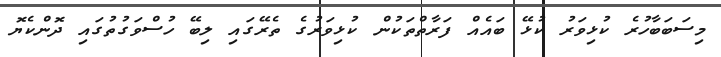
މިސަބަބާހުރެ ކުޅިވަރު ކުޅޭ ބައެއް ފަރާތްތަކުން ކުޅިވަރުގެ ތެރޭގައި ލިބޭ ހުސްވަގުތުގައި ދޮންކެޔޮ